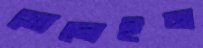
সোলেইন